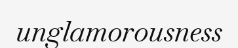
unglamorousness